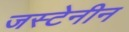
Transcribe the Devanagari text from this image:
जस्टेनीन